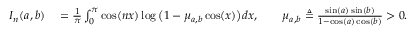
\begin{array} { r l } { I _ { n } ( a , b ) } & { { } = \frac { 1 } { \pi } \int _ { 0 } ^ { \pi } \cos ( n x ) \log \big ( 1 - \mu _ { a , b } \cos ( x ) \big ) d x , \qquad \mu _ { a , b } \triangleq \frac { \sin ( a ) \sin ( b ) } { 1 - \cos ( a ) \cos ( b ) } > 0 . } \end{array}